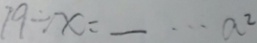
7 9 \div x = \_ \cdots a ^ { 2 }